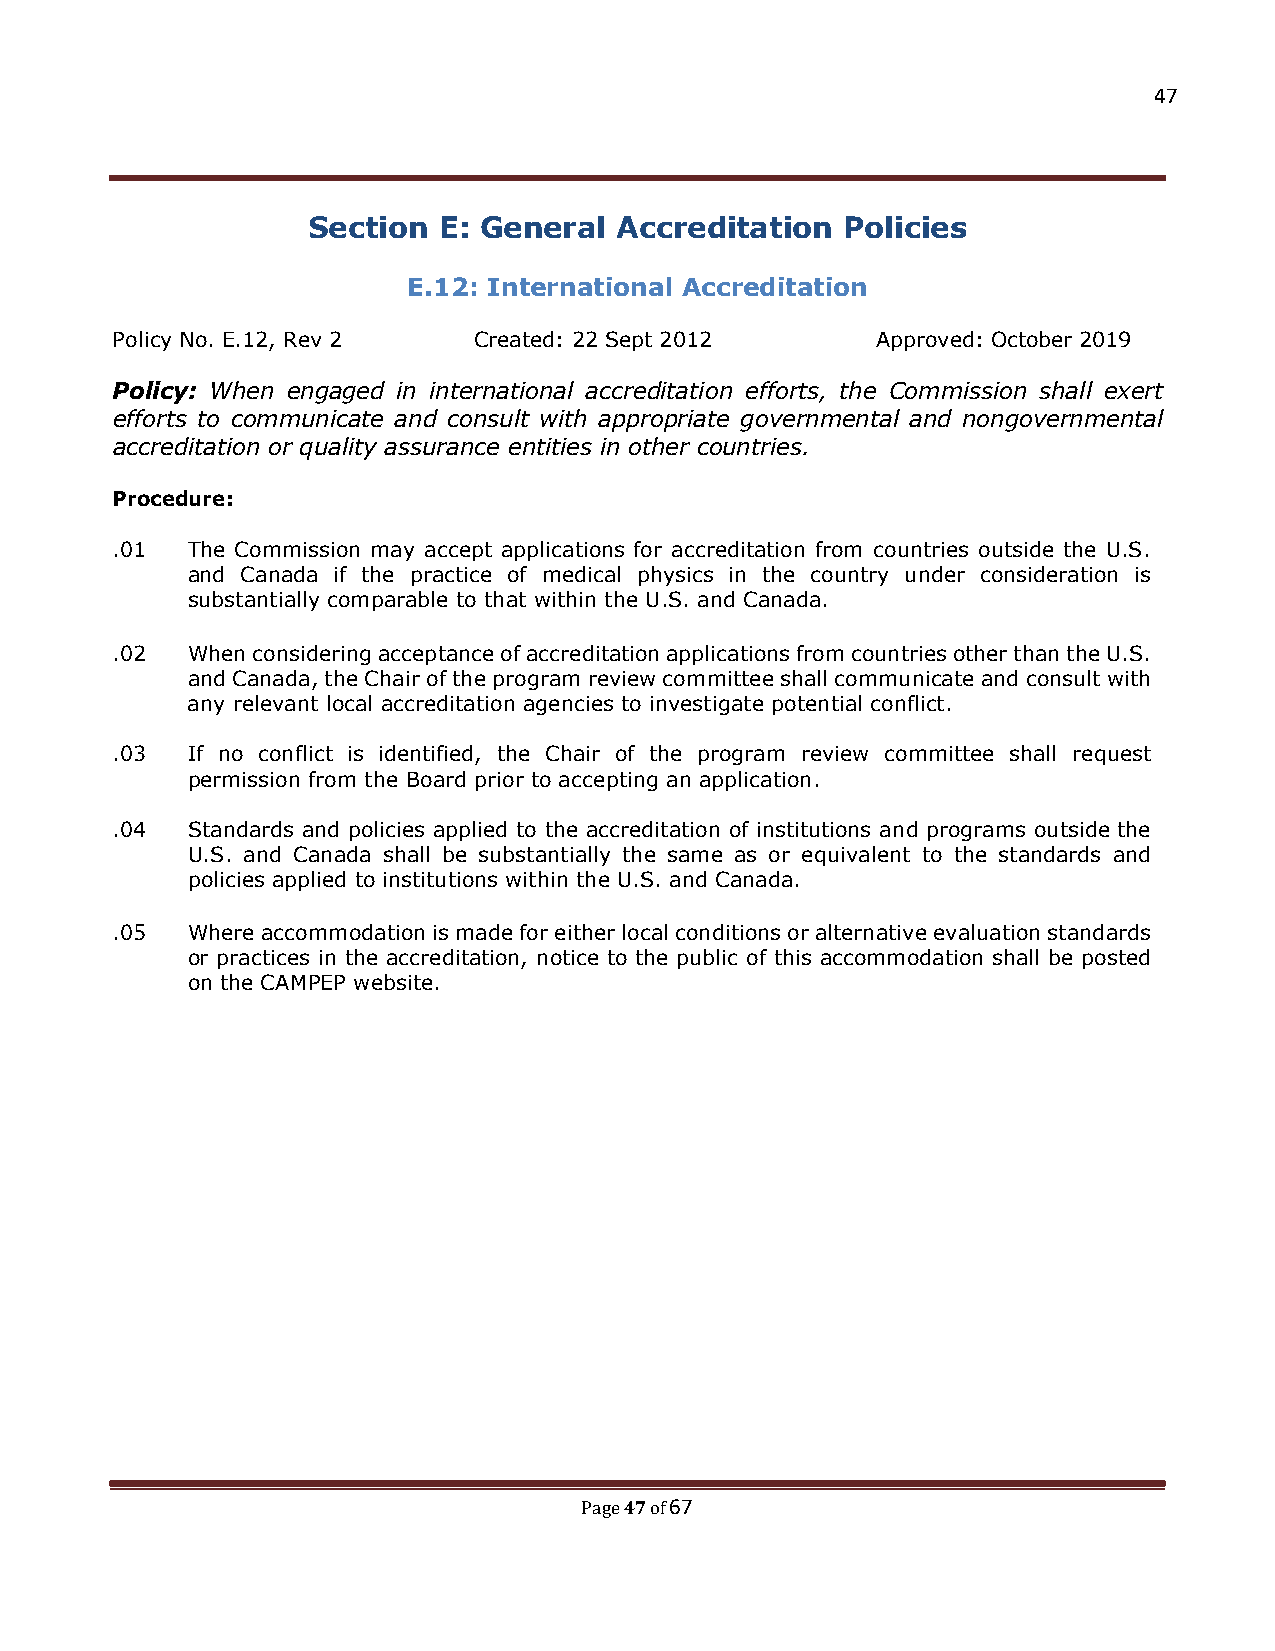
47
 Section  E: General  Accreditation  Policies
 E.12: International Accreditation
 Policy No. E.12, Rev 2  Created: 22 Sept 2012      Approved: October 2019
 Policy: When engaged in international accreditation efforts, the Commission shall exert
 efforts to communicate and consult with appropriate governmental and nongovernmental
 accreditation or quality assurance entities in other countries.
 Procedure:
 .01  The Commission may accept applications for accreditation from countries outside the U.S.
 and Canada if the practice of medical physics in the country under consideration is
 substantially comparable to that within the U.S. and Canada.
 .02  When considering acceptance of accreditation applications from countries other than the U.S.
 and Canada, the Chair of the program review committee shall communicate and consult with
 any relevant local accreditation agencies to investigate potential conflict.
 .03  If no conflict is identified, the Chair of the program review committee shall request
 permission from the Board prior to accepting an application.
 .04  Standards and policies applied to the accreditation of institutions and programs outside the
 U.S. and Canada shall be substantially the same as or equivalent to the standards and
 policies applied to institutions within the U.S. and Canada.
 .05  Where accommodation is made for either local conditions or alternative evaluation standards
 or practices in the accreditation, notice to the public of this accommodation shall be posted
 on the CAMPEP website.
 47 67
 Page of